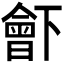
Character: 𣍋